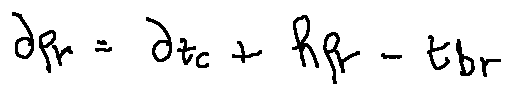
d _ { f r } = d _ { t c } + h _ { f r } - t _ { b r }